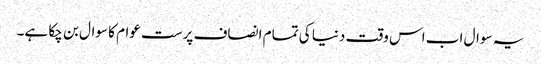
یہ سوال اب اس وقت دنیا کی تمام انصاف پرست عوام کا سوال بن چکا ہے۔